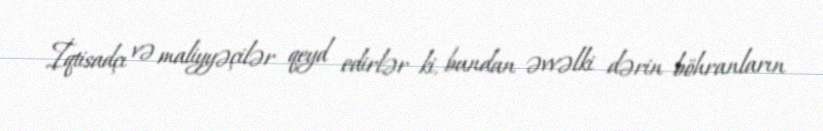
İqtisadçı və maliyyəçilər qeyd edirlər ki, bundan əvvəlki dərin böhranların